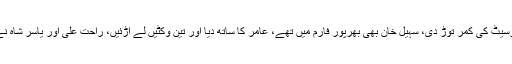
عامر نے شانداراسپیل کی بدولت ابتدائی چار میں سے تین کھلاڑیوں کو آؤٹ کیا اور سمرسیٹ کی کمر توڑ دی، سہیل خان بھی بھرپور فارم میں تھے، عامر کا ساتھ دیا اور تین وکٹیں لے اڑئیں، راحت علی اور یاسر شاہ نے دو دو وکٹیں حاصل کیں، سمرسیٹ کی پوری ٹیم ایک سو اٹھائیس رنز پر ڈھیر ہوگئی۔